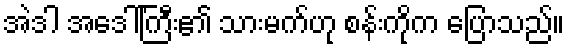
အဲဒါ အဒေါ်ကြီး၏ သားမက်ဟု စန်းကိုက ပြောသည်။